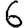
Digit: 6